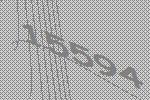
15594